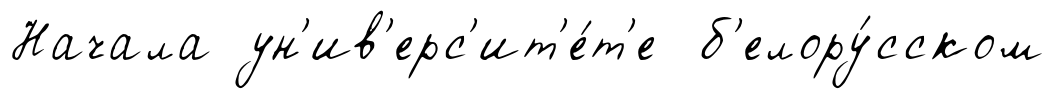
Начала ун'ив'ерс'ит'е́т'е б'елору́сском